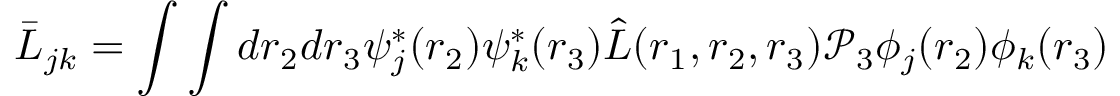
\bar { L } _ { j k } = \int \int d \boldsymbol { r } _ { 2 } d \boldsymbol { r } _ { 3 } \psi _ { j } ^ { * } ( \boldsymbol { r } _ { 2 } ) \psi _ { k } ^ { * } ( \boldsymbol { r } _ { 3 } ) \hat { L } ( \boldsymbol { r } _ { 1 } , \boldsymbol { r } _ { 2 } , \boldsymbol { r } _ { 3 } ) \mathcal { P } _ { 3 } \phi _ { j } ( \boldsymbol { r } _ { 2 } ) \phi _ { k } ( \boldsymbol { r } _ { 3 } )